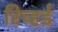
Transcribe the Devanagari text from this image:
रिच्हर्ड